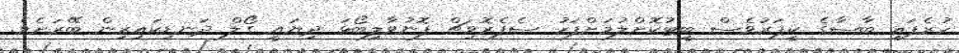
ހުރެފައި ބާސާގެ ކީޕަރުވެސް ބީޓުކޮށްލުމަށްފަހު ސެފެރޮވިޗް ފޮނުވާލިބޯޅަ ދިޔައީ ގޯލް ދަނޑިކައިރިން ބޭރަށެވެ.